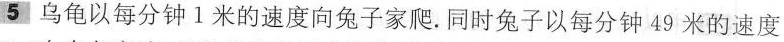
5乌龟以每分钟1米的速度向兔子家爬。同时兔子以每分钟49米的速度